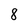
Character: 8